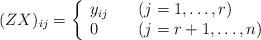
LaTeX: \begin{align*}(ZX)_{ij}=\left\{\begin{array}{ll}y_{ij}\quad& (j=1,\ldots,r)\\0 & (j=r+1,\ldots,n)\end{array}\right.\end{align*}